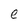
Character: e